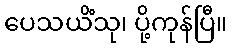
ပေသယိံသု၊ ပို့ကုန်ပြီ။